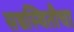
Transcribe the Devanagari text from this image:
सद्यस्थितीचा